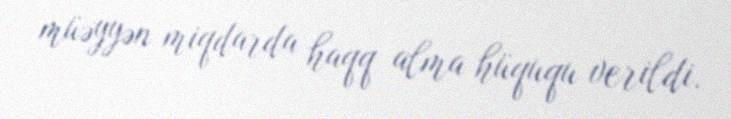
müəyyən miqdarda haqq alma hüququ verildi.